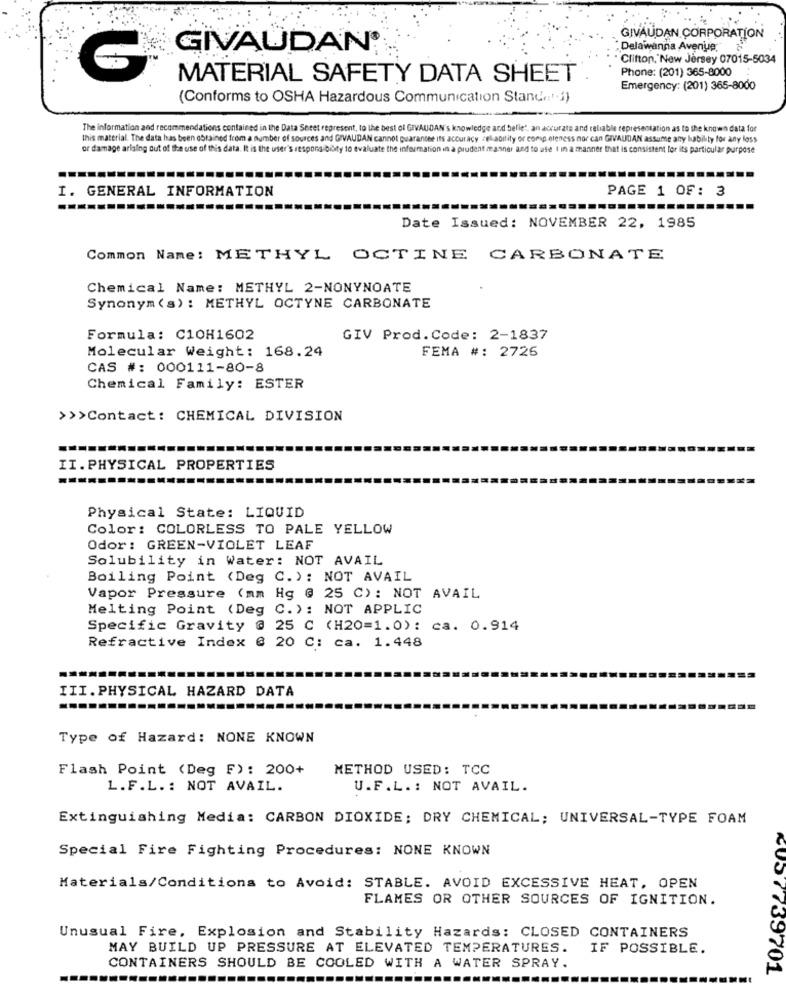
GIVAUDAN CORPORATION
GIVAUDAN®
Delawanna Avenue
Clifton, New Jersey 07015-5034
Phone: (201) 365-8000
MATERIAL SAFETY DATA SHEET
Emergency: (201) 365-8000
(Conforms to OSHA Hazardous Communication Stande'i)
The information and recommendations contained in the Data Sheet represent, to the best of GIVAUDAN's knowledge and belle', an accurate and reliable representation as to the known data for
this material. The data has been obtained from a number of sources and GIVAUDAN cannot Guarantee its accuracy zeliability or comp eteness nor can GIVAUDAN assume any liability for any loss
or damage arising out of the use of this data. It is the user's responsibility to evaluate the information in a prudent manner and to ase 1 in a manner that is consistent for its particular purpose
I. GENERAL INFORMATION
PAGE 1 OF: 3
Date Issued: NOVEMBER 22, 1985
Common Name: METHYL OCTINE CARBONATE
Chemical Name: METHYL 2-NONYNOATE
Synonym (s) : METHYL OCTYNE CARBONATE
Formula: C10H1602
GIV Prod. Code: 2-1837
Molecular Weight: 168.24
FEMA #: 2726
CAS #: 000111-80-8
Chemical Family: ESTER
>>>Contact: CHEMICAL DIVISION
II.PHYSICAL PROPERTIES
Physical State: LIQUID
Color: COLORLESS TO PALE YELLOW
Odor: GREEN-VIOLET LEAF
Solubility in Water: NOT AVAIL
Boiling Point (Deg C. ): NOT AVAIL
Vapor Pressure (mm Hg @ 25 C): NOT AVAIL
Melting Point (Deg C.): NOT APPLIC
Specific Gravity @ 25 C (H20=1.0): ca. 0.914
Refractive Index @ 20 C: ca. 1.448
III.PHYSICAL HAZARD DATA
........
Type of Hazard: NONE KNOWN
Flash Point (Deg F): 200+
METHOD USED: TCC
L.F.L. : NOT AVAIL.
U.F.L . : NOT AVAIL.
Extinguishing Media: CARBON DIOXIDE: DRY CHEMICAL; UNIVERSAL-TYPE FOAM
Special Fire Fighting Procedures: NONE KNOWN
Materials/Conditions to Avoid: STABLE. AVOID EXCESSIVE HEAT, OPEN
FLAMES OR OTHER SOURCES OF IGNITION.
Unusual Fire, Explosion and Stability Hazards: CLOSED CONTAINERS
MAY BUILD UP PRESSURE AT ELEVATED TEMPERATURES.
IF POSSIBLE.
CONTAINERS SHOULD BE COOLED WITH A WATER SPRAY.
⑆057739701